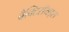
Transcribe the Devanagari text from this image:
बैक्टिरॉयड्स